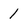
Character: 1